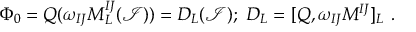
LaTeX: \Phi _ { 0 } = Q ( \omega _ { I J } M _ { L } ^ { I J } ( \mathcal { I } ) ) = D _ { L } ( \mathcal { I } ) ; \ D _ { L } = [ Q , \omega _ { I J } M ^ { I J } ] _ { L } \ .